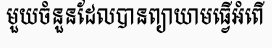
មួយចំនួនដែលបានព្យាយាមធ្វើអំពើ